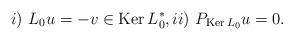
LaTeX: \begin{align*} i)\,\,L_0u=-v\in\mathrm{Ker\,}L^*_0,ii)\,\,P_{\mathrm{Ker\,}L_0}u=0.\end{align*}